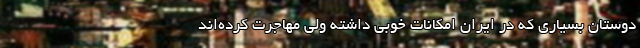
دوستان بسیاری که در ایران امکانات خوبی داشته ولی مهاجرت کرده‌اند